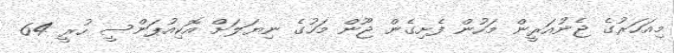
މިއަހަރުގެ ޖެނުއަރީން މަހުން ފެށިގެން ޖޫން މަހުގެ ނިޔަލަށް އޮކިއުޕަންސީ ހުރީ 64